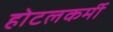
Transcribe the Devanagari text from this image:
होटलकर्मी